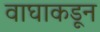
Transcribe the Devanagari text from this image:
वाघाकडून